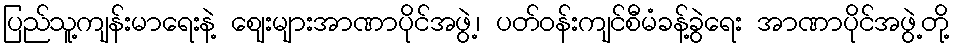
ပြည်သူ့ကျန်းမာရေးနဲ့ ဈေးများအာဏာပိုင်အဖွဲ့၊ ပတ်ဝန်းကျင်စီမံခန့်ခွဲရေး အာဏာပိုင်အဖွဲ့တို့